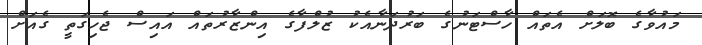
މައުވާގެ ބޮލަށް އެތައް ހާސްޓަނުގެ ބަރުދަނާއެކު ޒުލްފާގެ އިންޒާރުތައް އައިސް ޖެހިގަތީ ގެއަށް